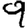
Digit: 9